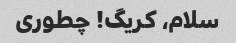
سلام، کریگ! چطوری